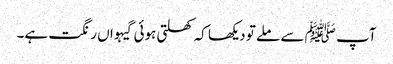
آپ ﷺ سے ملے تو دیکھا کہ کھلتی ہوئی گیہواں رنگت ہے۔